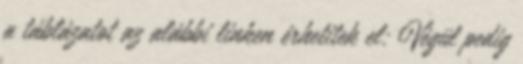
a táblázatot az alábbi linken érhetitek el: Végül pedig